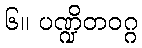
၆။ ပဏ္ဍိတဝဂ္ဂ